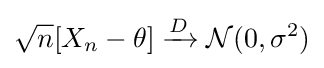
{{\sqrt {n}}[X_{n}-\theta ]\xrightarrow {D} {\mathcal {N}}(0,\sigma ^{2})}